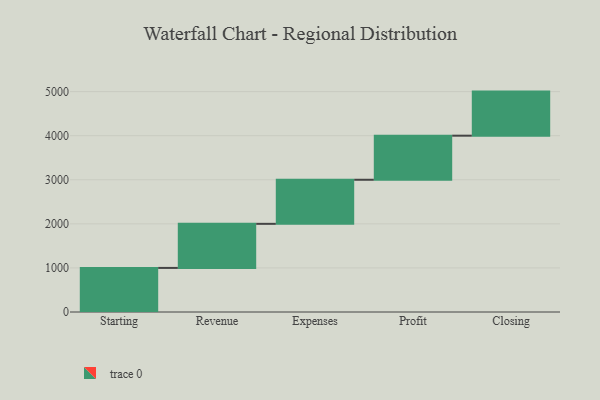
{"axis": {"x": "Step", "y": "Value"}, "legend": [""], "data": [{"x": "Starting", "y": 1000, "type": ""}, {"x": "Revenue", "y": 1000, "type": ""}, {"x": "Expenses", "y": 1000, "type": ""}, {"x": "Profit", "y": 1000, "type": ""}, {"x": "Closing", "y": 1000, "type": ""}]}